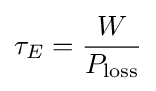
\tau _{E}={\frac {W}{P_{\mathrm {loss} }}}